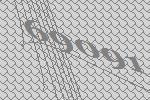
69091